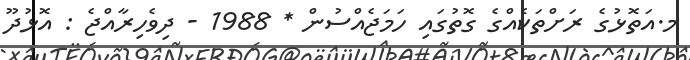
މ.އަތޮޅުގެ ރަށްތަކެއްގެ ގޮތުގައި ހަމަޖެއްސުން * 1988 - ދިވެހިރާއްޖެ : އޮޅުދޫ